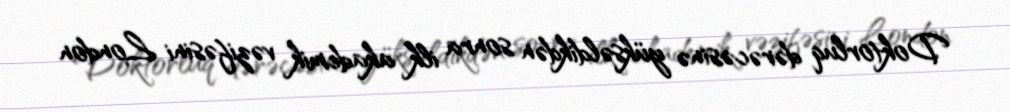
Doktorluq dərəcəsinə yüksəldikdən sonra ilk akademik vəzifəsini London